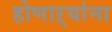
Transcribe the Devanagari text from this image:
होणाऱ्यांना